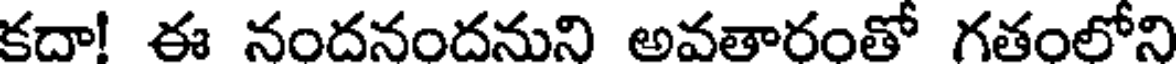
కదా! ఈ నందనందనుని అవతారంతో గతంలోని